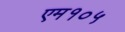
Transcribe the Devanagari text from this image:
एम१०५